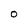
Character: O